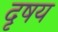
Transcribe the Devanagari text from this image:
दृषय